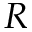
R